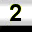
Digit: 2